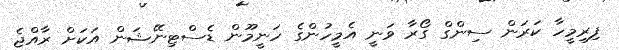
ފިރިމީހާ ކަރަން ސިންގް ގޯރާ ވަނީ އެމީހުންގެ ހަނީމޫން ޑެސްޓިނޭޝަން އަކަަށް ރާއްޖެ